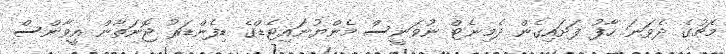
މެޗުގެ ދެވަނަ ހާފު ފަށައިގެން ދެމިނެޓް ނުވަނީސް މެންޔުނައިޓެޑްގެ ޑިފެންޑަރު ޖޮނަތާން އީވާންސް